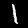
Label: 1